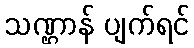
သဏ္ဌာန် ပျက်ရင်